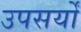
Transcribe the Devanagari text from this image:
उपसर्यों